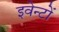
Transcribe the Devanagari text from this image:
इवेन्टों